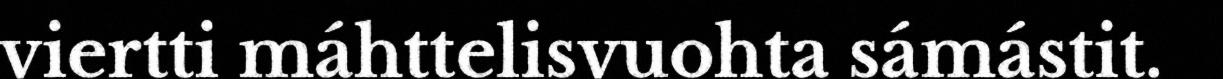
viertti máhttelisvuohta sámástit.